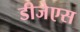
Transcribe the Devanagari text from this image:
डीजेएस